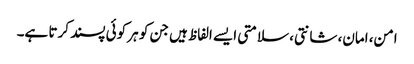
امن، امان، شانتی، سلامتی ایسے الفاظ ہیں جن کو ہر کوئی پسند کرتا ہے۔